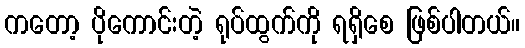
ကတော့ ပိုကောင်းတဲ့ ရုပ်ထွက်ကို ရရှိစေ ဖြစ်ပါတယ်။